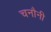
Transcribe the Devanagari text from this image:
चनौनी